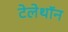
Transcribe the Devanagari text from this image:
टेलेथॉन